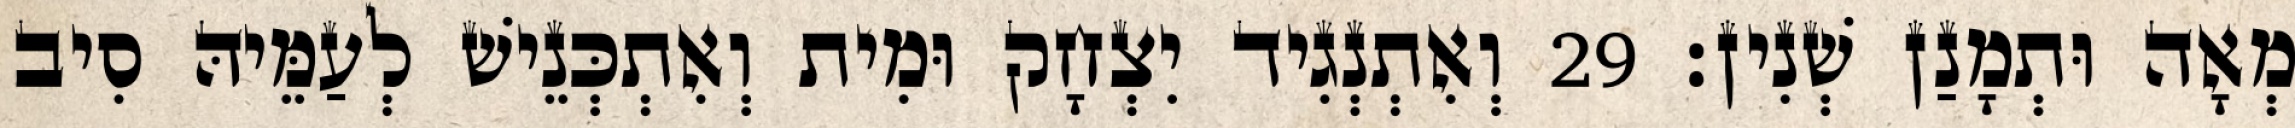
מְאָה וּתְמָנַן שְׁנִין׃ 29 וְאִתְנְגִיד יִצְחָק וּמִית וְאִתְכְּנֵישׁ לְעַמֵּיהּ סִיב